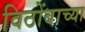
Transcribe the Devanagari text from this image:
विठोंबाच्या